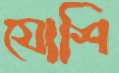
যোশি